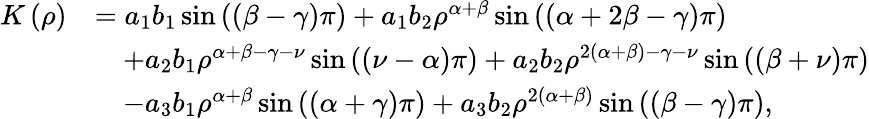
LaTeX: \begin{array}{rl}{K\left(\rho\right)}&{=a_{1}b_{1}\sin\left(\left(\beta-\gamma\right)\pi\right)+a_{1}b_{2}\rho^{\alpha+\beta}\sin\left(\left(\alpha+2\beta-\gamma\right)\pi\right)}\\ &{\quad+a_{2}b_{1}\rho^{\alpha+\beta-\gamma-\nu}\sin\left(\left(\nu-\alpha\right)\pi\right)+a_{2}b_{2}\rho^{2\left(\alpha+\beta\right)-\gamma-\nu}\sin\left(\left(\beta+\nu\right)\pi\right)}\\ &{\quad-a_{3}b_{1}\rho^{\alpha+\beta}\sin\left(\left(\alpha+\gamma\right)\pi\right)+a_{3}b_{2}\rho^{2\left(\alpha+\beta\right)}\sin\left(\left(\beta-\gamma\right)\pi\right),}\end{array}